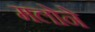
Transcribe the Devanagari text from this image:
मलोने